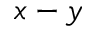
x - y